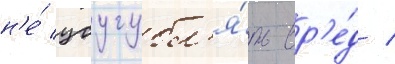
н'е́ усугубл'я́ть вр'е́д /